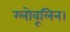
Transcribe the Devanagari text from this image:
ग्लोवूलिन।